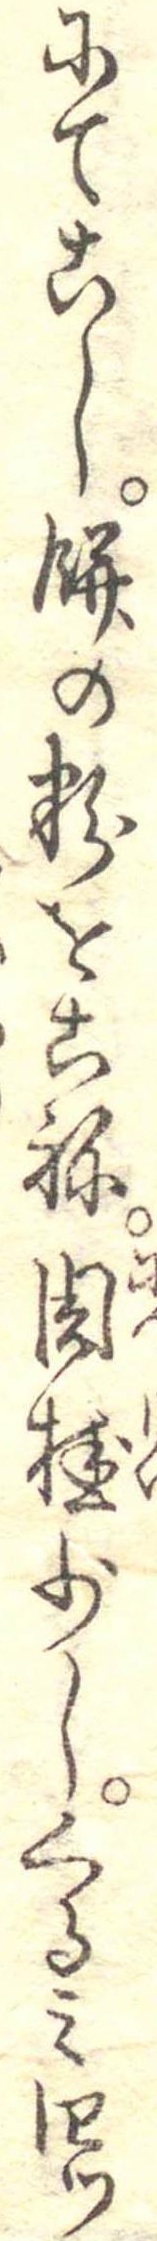
にてこし餅の粉をこね肉桂少しくるみ四つ